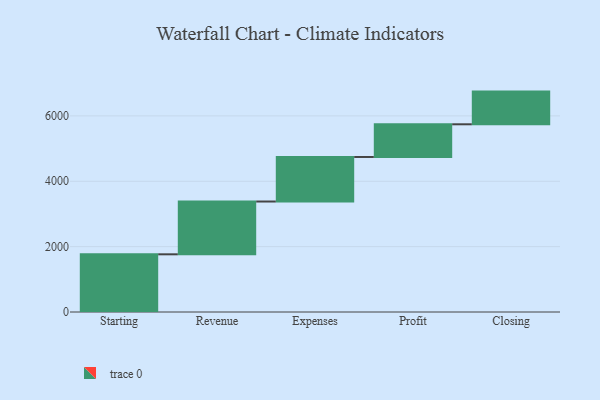
{"axis": {"x": "Step", "y": "Value"}, "legend": [""], "data": [{"x": "Starting", "y": 1765.0, "type": ""}, {"x": "Revenue", "y": 1615.0, "type": ""}, {"x": "Expenses", "y": 1363.0, "type": ""}, {"x": "Profit", "y": 1000, "type": ""}, {"x": "Closing", "y": 1000, "type": ""}]}